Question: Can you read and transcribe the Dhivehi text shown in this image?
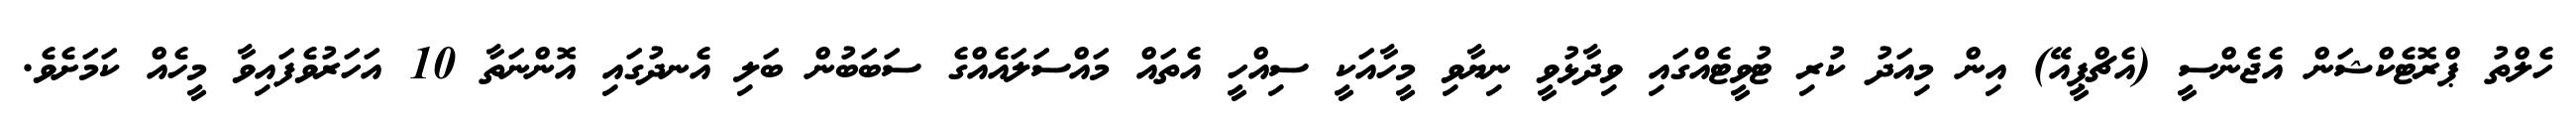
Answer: ހެލްތު ޕްރޮޓެކްޝަން އެޖެންސީ (އެޗްޕީއޭ) އިން މިއަދު ކުރި ޓުވީޓެއްގައި ވިދާޅުވީ ނިޔާވި މީހާއަކީ ސިއްހީ އެތައް މައްސަލައެއްގެ ސަބަބުން ބަލި އެނދުގައި އޮންނަތާ 10 އަހަރުވެފައިވާ މީހެއް ކަމަށެވެ.